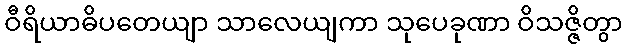
ဝီရိယာဓိပတေယျာ သာလေယျကာ သုပေခုဏာ ဝိသဇ္ဇိတွာ